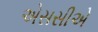
એસસીએ